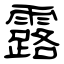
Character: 露